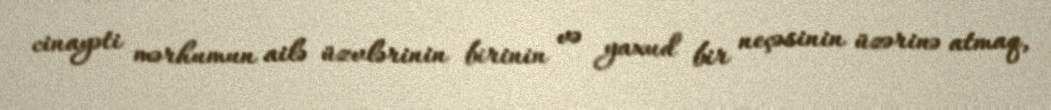
cinayəti mərhumun ailə üzvlərinin birinin və yaxud bir neçəsinin üzərinə atmaq,